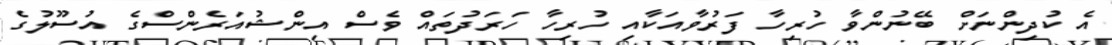
އެ ކުދިންނަށް ބޭނުންވާ ހުރިހާ ފަރުވާއަކާއި ހުރިހާ ހަރަދުތައް ވެސް އިންޝުއަރެންސްގެ އުސޫލުގެ